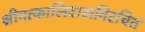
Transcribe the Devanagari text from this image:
श्रीमत्कालिदासविरचितं